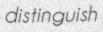
distinguish